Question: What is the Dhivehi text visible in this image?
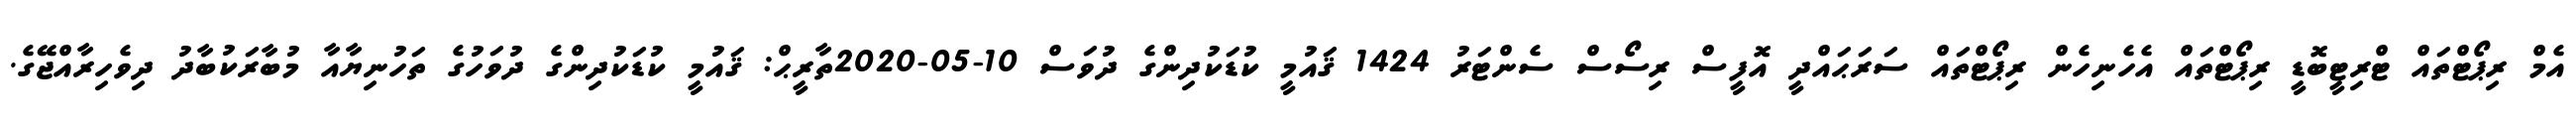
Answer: އެމް ރިޕޯޓްތައް ޓްރިޓީބޮޑީ ރިޕޯޓްތައް އެހެނިހެން ރިޕޯޓްތައް ސަރަޙައްދީ އޮފީސް ރިސޯސް ސެންޓަރު 1424 ޤައުމީ ކުޑަކުދިންގެ ދުވަސް 10-05-2020ތާރީޙް: ޤައުމީ ކުޑަކުދިންގެ ދުވަހުގެ ތަހުނިޔާއާ މުބާރަކުބާދު ދިވެހިރާއްޖޭގެ.